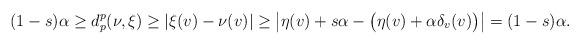
LaTeX: \begin{align*}(1-s)\alpha\geq d_p^p(\nu,\xi)\geq|\xi(v)-\nu(v)|\geq\big|\eta(v)+s\alpha-\big(\eta(v)+\alpha\delta_v(v)\big)\big|=(1-s)\alpha.\end{align*}